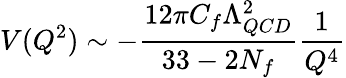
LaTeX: V(Q^{2})\sim-{\frac{12\pi C_{f}\Lambda_{QCD}^{2}}{33-2N_{f}}}{\frac{1}{Q^{4}}}